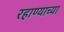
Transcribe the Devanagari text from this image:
रहाण्याच्या